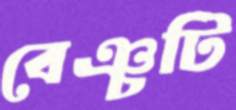
বেঞ্চটি